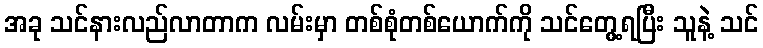
အခု သင်နားလည်လာတာက လမ်းမှာ တစ်စုံတစ်ယောက်ကို သင်တွေ့ရပြီး သူနဲ့ သင်